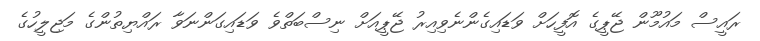
ރައީސް މައުމޫން ޖޭޕީގެ އޮފީހަށް ވަޑައިގެންނެވިއިރު ޖޭޕީއަށް ނިސްބަތްވެ ވަޑައިގަންނަވާ ރައްޔިތުންގެ މަޖިލީހުގެ